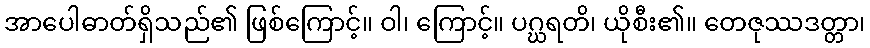
အာပေါဓာတ်ရှိသည်၏ ဖြစ်ကြောင့်။ ဝါ၊ ကြောင့်။ ပဂ္ဃရတိ၊ ယိုစီး၏။ တေဇုဿဒတ္တာ၊